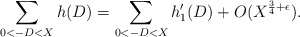
\begin{align*} \sum_{0<-D<X} h(D) = \sum_{0<-D<X} h_1'(D) + O(X^{\frac{3}{4} + \epsilon}). \end{align*}